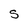
Character: S